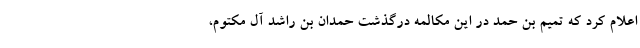
اعلام کرد که تمیم بن حمد در این مکالمه درگذشت حمدان بن راشد آل مکتوم،